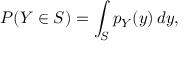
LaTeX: P ( Y \in S ) = \int _ { S } p _ { Y } ( y ) \, d y ,